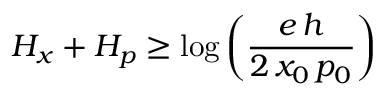
H _ { x } + H _ { p } \geq \log \left( { \frac { e \, h } { 2 \, x _ { 0 } \, p _ { 0 } } } \right)